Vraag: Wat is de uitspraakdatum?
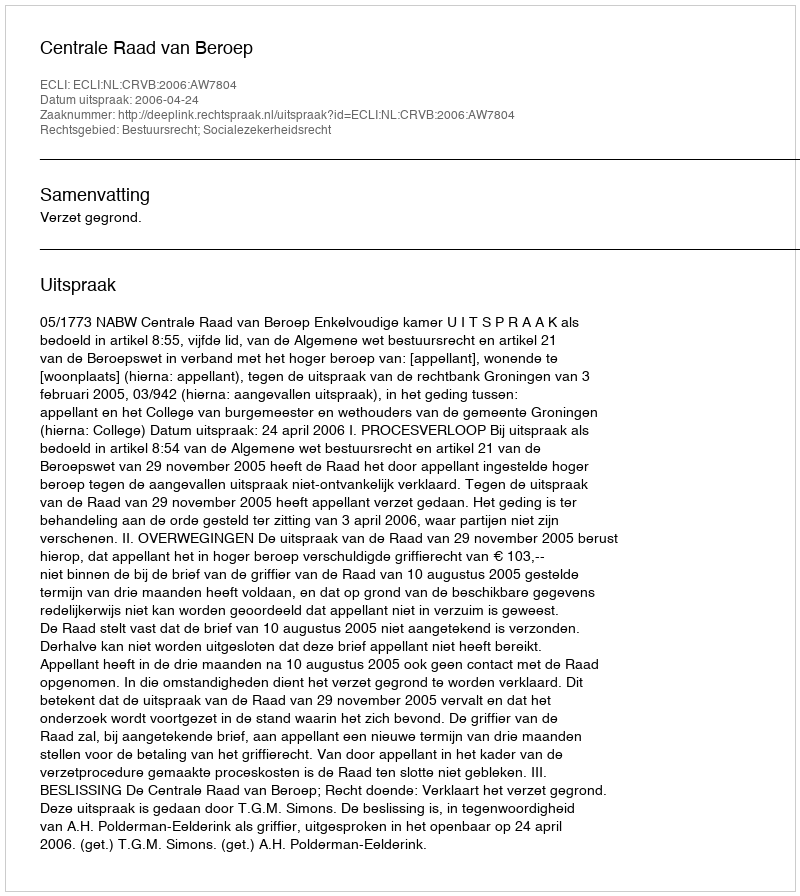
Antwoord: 2006-04-24